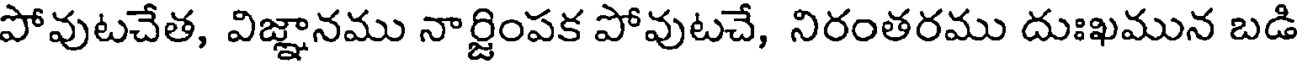
పోవుటచేత, విజ్ఞానము నార్జింపక పోవుటచే, నిరంతరము దుఃఖమున బడి